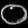
Digit: ၀